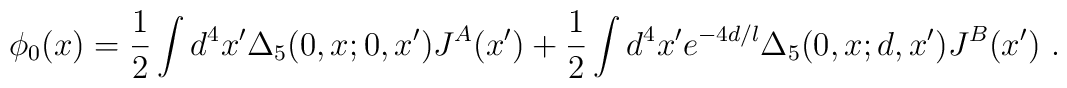
\phi_0 (x) = {1\over 2} \int d^4 x' \Delta_{5} (0,x; 0,x')   		J^A (x' ) + {1\over 2} \int d^4 x' e^{-4d/l}   		\Delta_{5}  (0,x; d,x') J^B (x' ) \ .